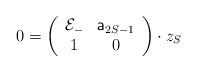
LaTeX: \begin{align*}0 = \left(\begin{array}{cc}{\cal E}_{-} & {\sf a}_{2S-1}\\ 1 & 0\\ \end{array}\right)\cdot z_{S}\end{align*}